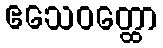
ဧသေဝတ္ထော